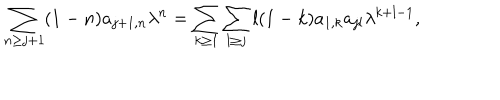
\sum _ { n \geq j + 1 } ( 1 - n ) a _ { j + 1 , n } \lambda ^ { n } = \sum _ { k \geq 1 } \sum _ { l \geq j } l ( 1 - k ) a _ { 1 , k } a _ { j l } \lambda ^ { k + l - 1 } ,